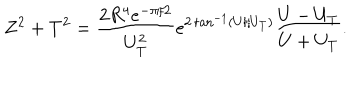
LaTeX: Z ^ { 2 } + T ^ { 2 } = \frac { 2 R ^ { 4 } e ^ { - \pi / 2 } } { U _ { T } ^ { 2 } } e ^ { 2 \tan ^ { - 1 } ( U / U _ { T } ) } \frac { U - U _ { T } } { U + U _ { T } } .